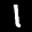
Label: 1